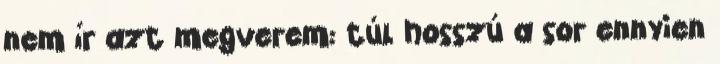
nem ír azt megverem: túl hosszú a sor ennyien